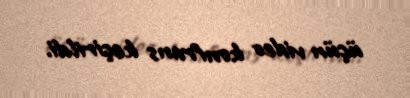
üçün video konfrans keçirildi.